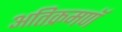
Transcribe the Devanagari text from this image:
अतिक्रमणॅ